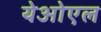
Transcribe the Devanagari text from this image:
येओएल